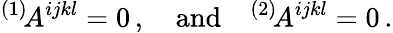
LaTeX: {}^{(1)}\! A^{ijkl}=0\, ,\quad\mathrm{and}\quad{}^{(2)}\! A^{ijkl}=0\, .